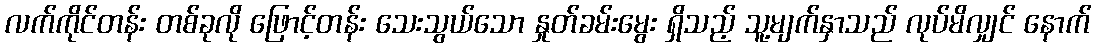
လက်ကိုင်တန်း တစ်ခုလို ဖြောင့်တန်း သေးသွယ်သော နှုတ်ခမ်းမွေး ရှိသည့် သူ့မျက်နှာသည် လုပ်မိလျှင် နောက်